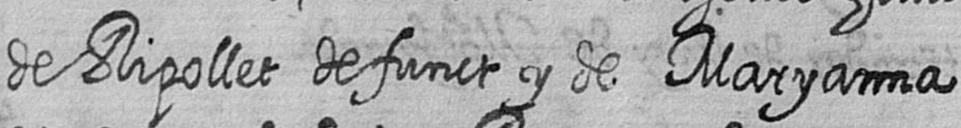
de Ripollet defunct y de Maryanna